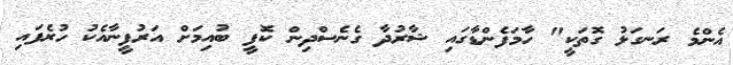
އެންމެ ރަނގަޅު ގޮތަކީ" ހާމަފެންޑާގައި ޝާރުދާ ގެނެސްދިން ކޮފީ ބުއިމަށް އަރުފީނާއެކު ހުރެފައި